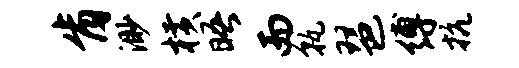
肯渺横晤而孰琶缚抗